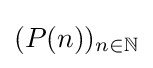
(P(n))_{n\in \mathbb {N} }